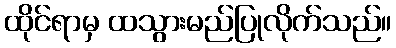
ထိုင်ရာမှ ထသွားမည်ပြုလိုက်သည်။